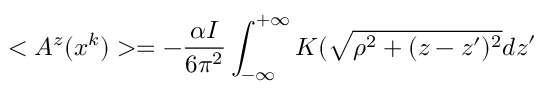
< A ^ { z } ( x ^ { k } ) > = - \frac { \alpha I } { 6 \pi ^ { 2 } } \int _ { - \infty } ^ { + \infty } K ( \sqrt { \rho ^ { 2 } + ( z - z ^ { \prime } ) ^ { 2 } } d z ^ { \prime }